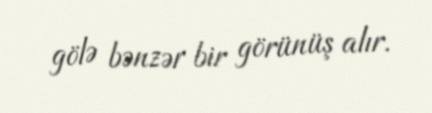
gölə bənzər bir görünüş alır.